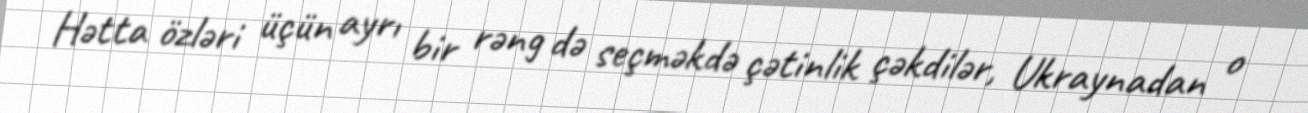
Hətta özləri üçün ayrı bir rəng də seçməkdə çətinlik çəkdilər, Ukraynadan o